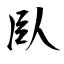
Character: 臥